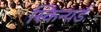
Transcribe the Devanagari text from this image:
स्किन्यर्ड